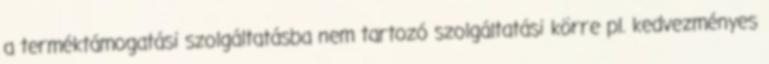
a terméktámogatási szolgáltatásba nem tartozó szolgáltatási körre pl. kedvezményes